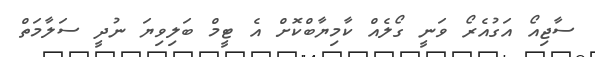
ސާޖިއޯ އަގުއެރޯ ވަނީ ގޯލެއް ކާމިޔާބްކޮށް އެ ޓީމް ބަލިވިޔަ ނުދީ ސަލާމަތް